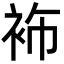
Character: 𮕶